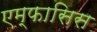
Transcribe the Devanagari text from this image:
एम्फासिस